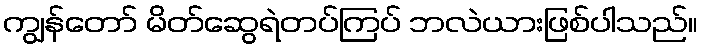
ကျွန်တော် မိတ်ဆွေရဲတပ်ကြပ် ဘလဲယားဖြစ်ပါသည်။